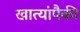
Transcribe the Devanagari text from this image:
खात्यांपैकी